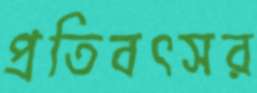
প্রতিবৎসর